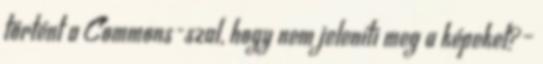
történt a Commons-szal, hogy nem jeleníti meg a képeket?–